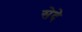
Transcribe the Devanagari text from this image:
सेदे